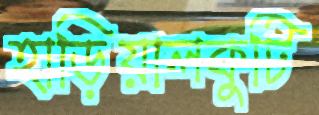
হাড়িয়ালকুটি